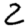
Digit: 2